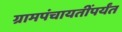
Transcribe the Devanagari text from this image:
ग्रामपंचायतींपर्यंत